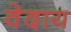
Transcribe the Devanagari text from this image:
वेदाय